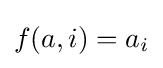
f(a,i)=a_{i}